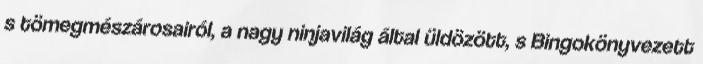
s tömegmészárosairól, a nagy ninjavilág által üldözött, s Bingokönyvezett